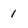
Character: 1